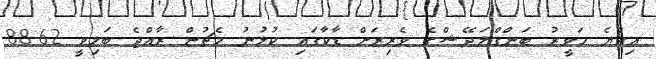
އިއްޔެ ހަވީރު ބަންގްލަދޭޝްގެ ވެރިރަށް ޑާކާގައި ކުޅުނު މެޗުން ރާއްޖެ ބަލިވީ 62-88